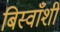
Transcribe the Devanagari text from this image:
बिस्वाँशी